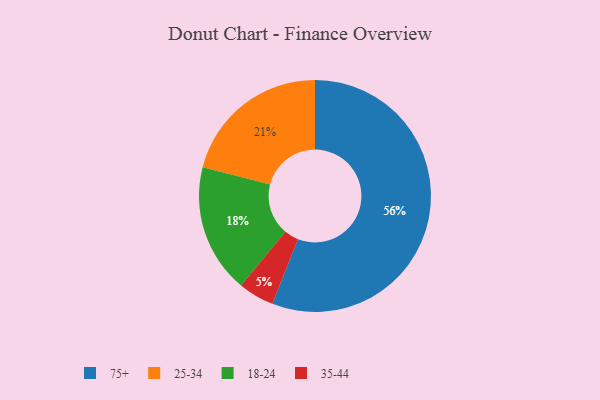
{"axis": {"x": "Category", "y": "Percentage"}, "legend": ["18-24", "25-34", "35-44", "75+"], "data": [{"x": "75+", "y": 56, "type": "75+"}, {"x": "35-44", "y": 5, "type": "35-44"}, {"x": "25-34", "y": 21, "type": "25-34"}, {"x": "18-24", "y": 18, "type": "18-24"}]}